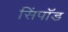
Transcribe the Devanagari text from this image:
सिंपॉड